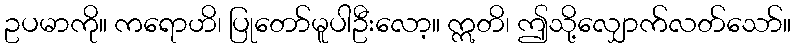
ဥပမာကို။ ကရောဟိ၊ ပြုတော်မူပါဦးလော့။ ဣတိ၊ ဤသို့လျှောက်လတ်သော်။